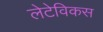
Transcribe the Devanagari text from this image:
लेटेविकस